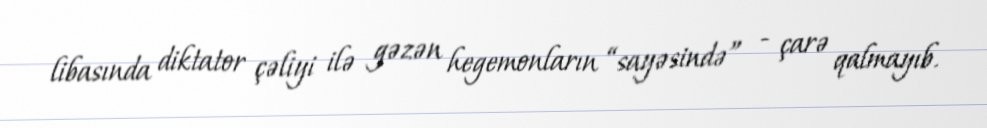
libasında diktator çəliyi ilə gəzən hegemonların “sayəsində” - çarə qalmayıb.